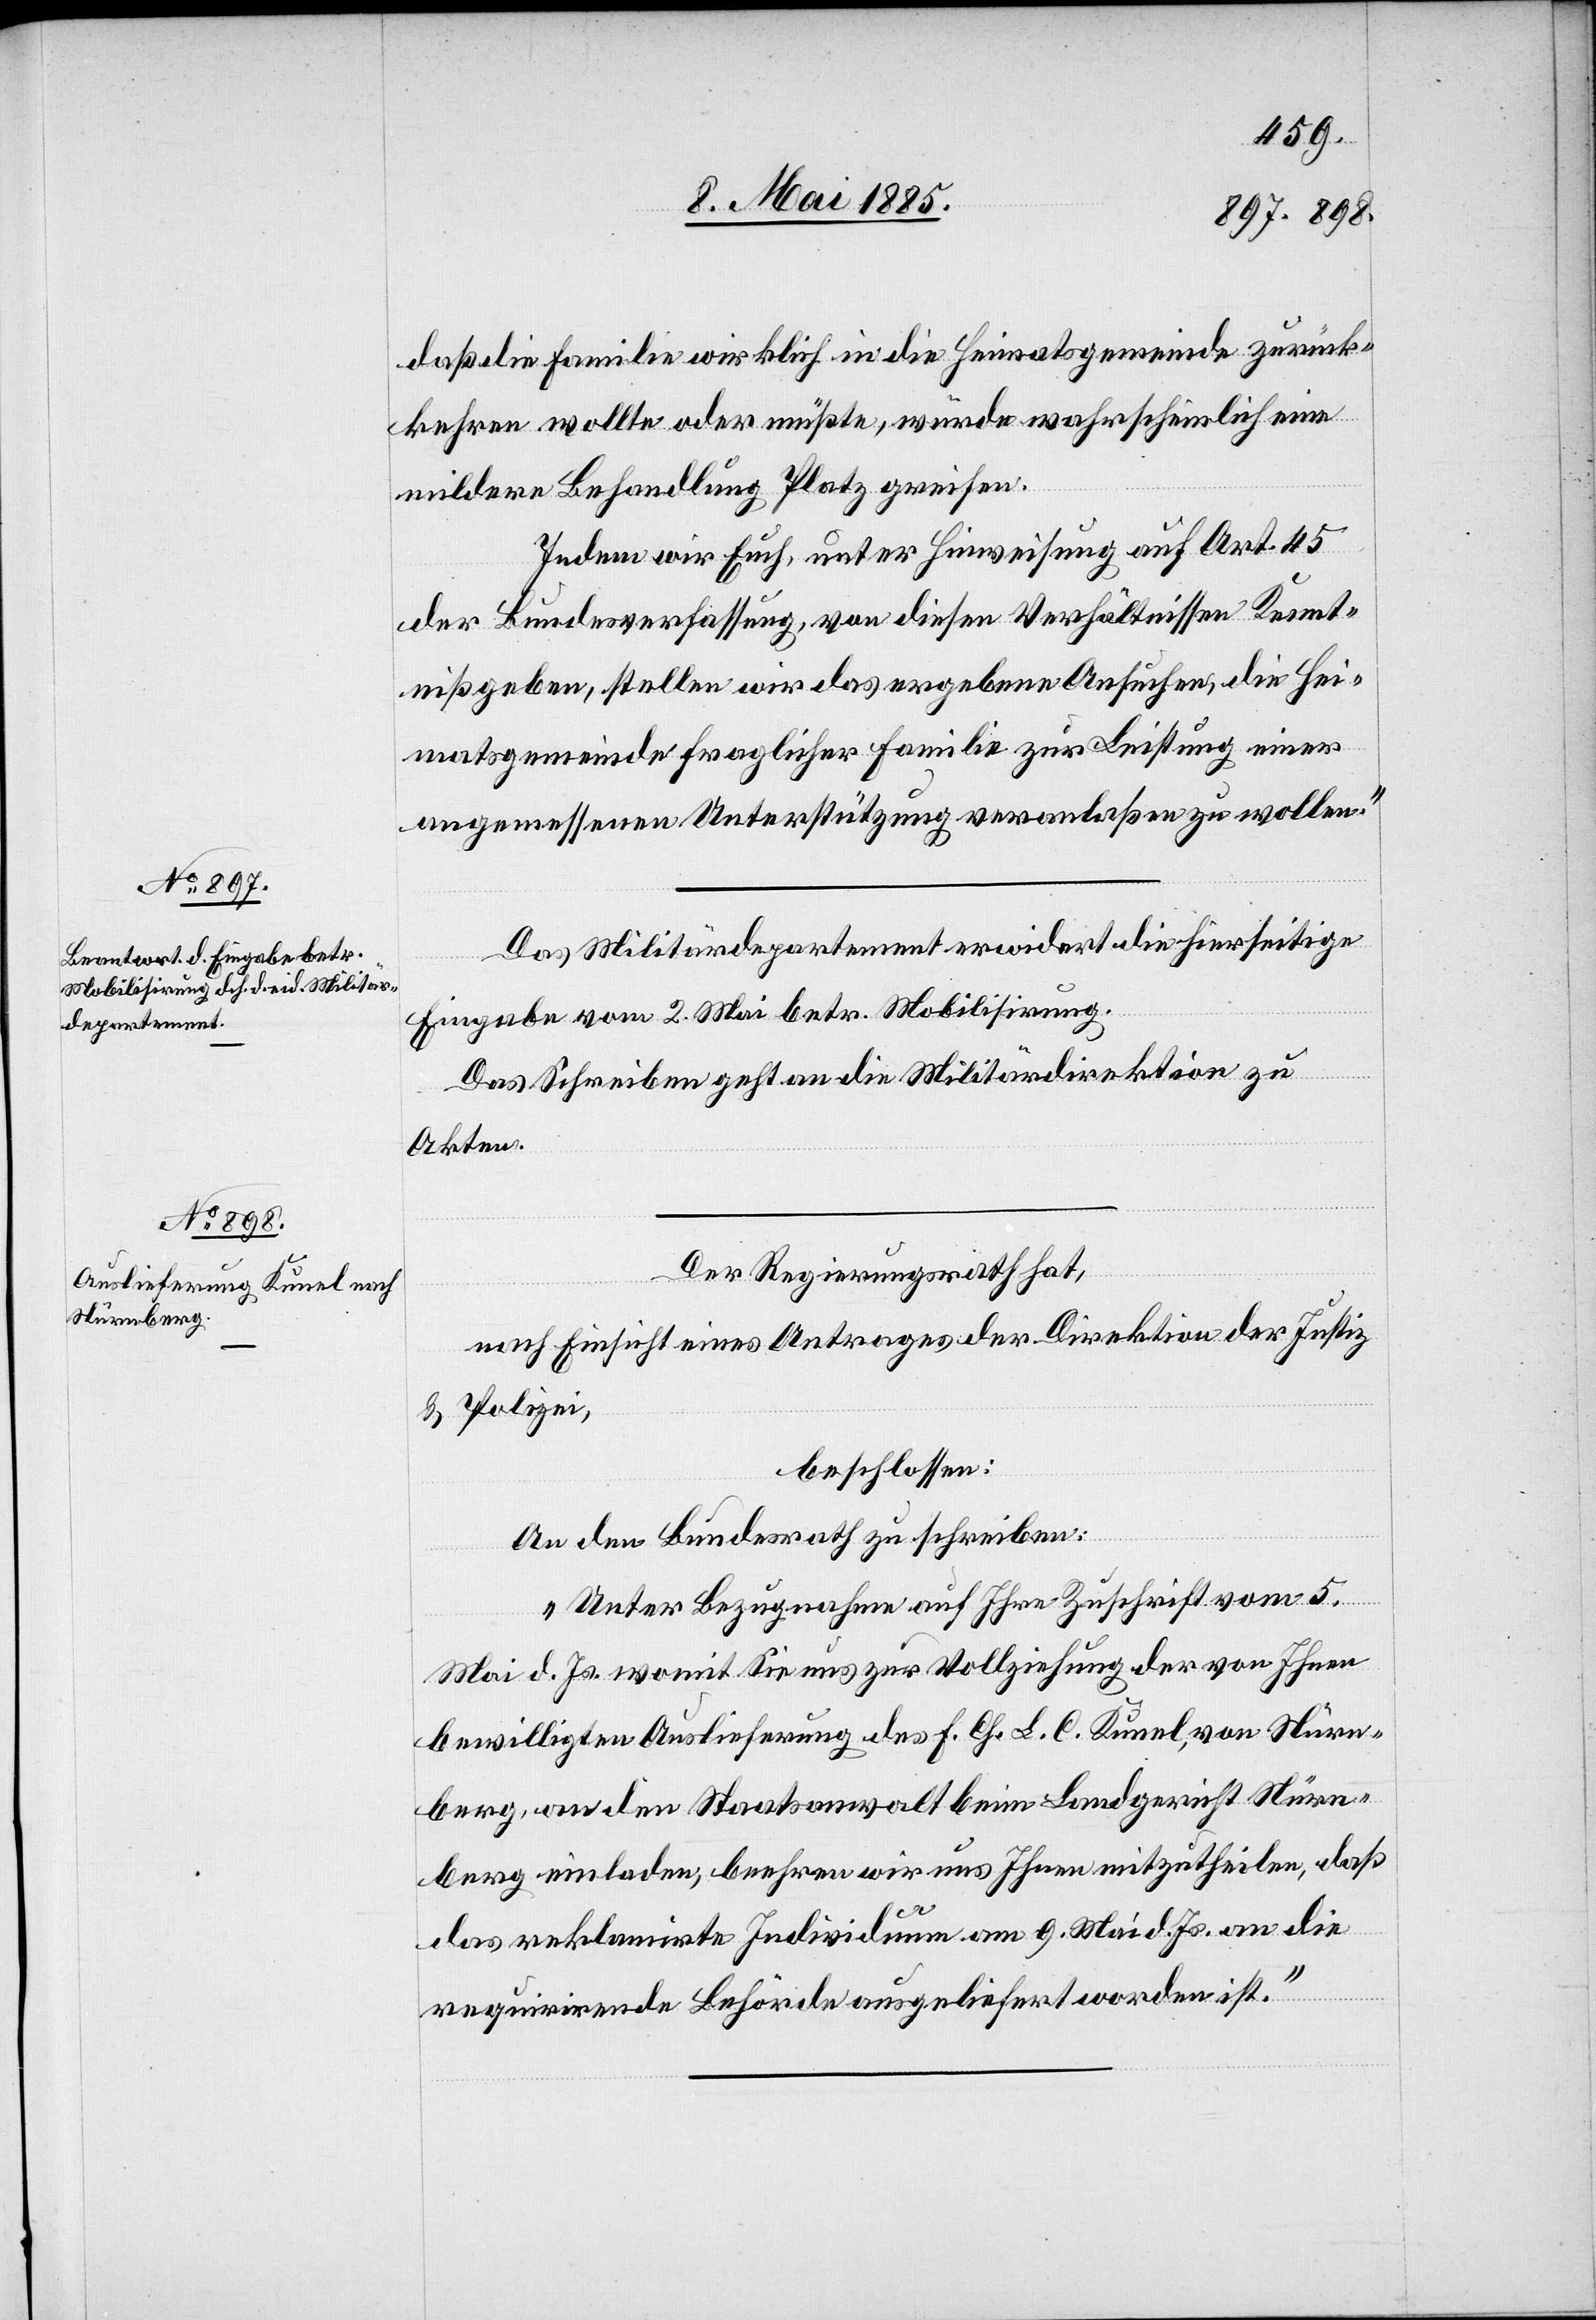
12. Mai 1885.]
daß die Familie wirklich in die Heimatsgemeinde zurück¬
kehren wollte oder müßte, würde wahrscheinlich eine
mildere Behandlung Platz greifen.
Indem wir Euch, unter Hinweisung auf Art. 45
der Bundesverfassung, von diesen Verhältnissen Kennt¬
niß geben, stellen wir das ergebene Ansuchen, die Hei¬
matsgemeinde fraglicher Familie zur Leistung einer
angemessenen Unterstützung veranlaßen zu wollen.“
Das Militärdepartement erwidert die hierseitige
Eingabe vom 2. Mai betr. Mobilisirung.
Das Schreiben geht an die Militärdirektion zu
Akten.
Der Regierungsrath hat,
nach Einsicht eines Antrages der Direktion der Justiz
& Polizei,
beschlossen:
An den Bundesrath zu schreiben:
„Unter Bezugnahme auf Ihre Zuschrift vom 5.
Mai d. Js. womit Sie uns zur Vollziehung der von Ihnen
bewilligten Auslieferung des F. Ch. L. C. Kunel, von Nürn¬
berg, an den Staatsanwalt beim Landgericht Nürn¬
berg einladen, beehren wir uns Ihnen mitzutheilen, daß
das reklamirte Individuum am 9. Mai d. Js. an die
requirirende Behörde ausgeliefert worden ist.“